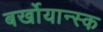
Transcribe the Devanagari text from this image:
बर्खोयान्स्क